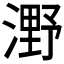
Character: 𣼫